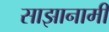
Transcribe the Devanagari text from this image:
साझानामी